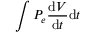
\int P _ { e } \frac { \mathrm { d } V } { \mathrm { d } t } \mathrm { d } t